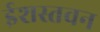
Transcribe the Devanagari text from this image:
ईशस्तवन